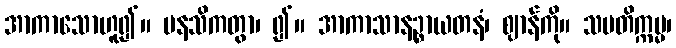
အာကာသောဟူ၍။ မနသိကတွာ၊ ၍။ အာကာသာနဉ္စာယတနံ၊ ဈာန်ကို။ သမတိက္ကမ္မ၊